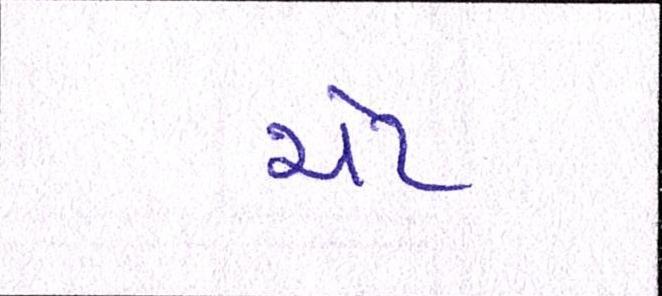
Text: ચેટ